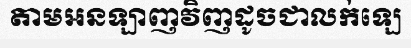
តាមអនឡាញវិញដូចជាលក់ឡេ